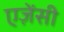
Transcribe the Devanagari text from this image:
एज़ेंसी